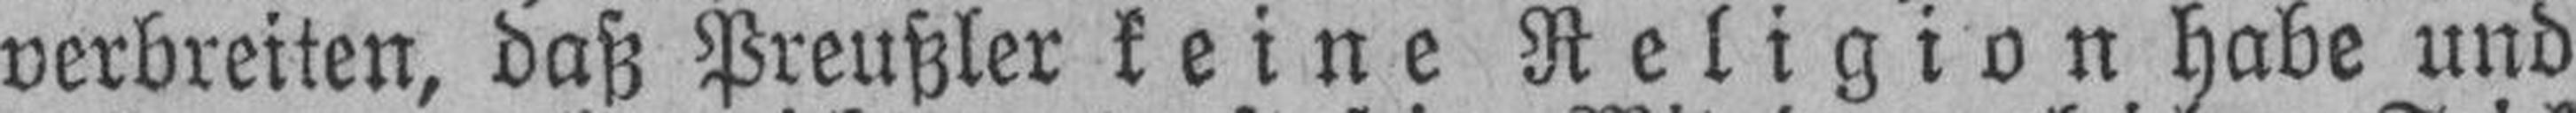
verbreiten, daß Preußler keine Religion habe und